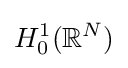
H_{0}^{1}(\mathbb {R} ^{N})